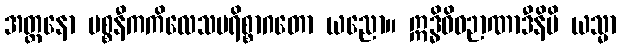
အတ္တနော ပစ္စနီကကိလေသပရိစ္စာဂတော ယညော။ ဣဒ္ဓိဝိဓဉာဏာဒီနိပိ ယသ္မာ